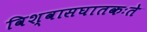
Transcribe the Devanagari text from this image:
विश्वासघातकःते